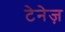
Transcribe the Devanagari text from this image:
टेनेज़